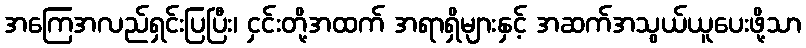
အကြေအလည်ရှင်းပြပြီး၊ ငှင်းတို့အထက် အရာရှိများနှင့် အဆက်အသွယ်ယူပေးဖို့သာ